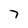
Character: 7